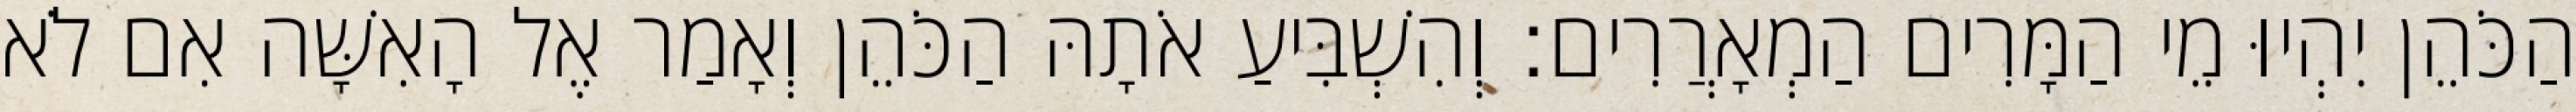
הַכֹּהֵן יִהְיוּ מֵי הַמָּרִים הַמְאָרֲרִים׃ וְהִשְׁבִּיעַ אֹתָהּ הַכֹּהֵן וְאָמַר אֶל הָאִשָּׁה אִם לֹא